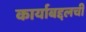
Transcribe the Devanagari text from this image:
कार्याबद्दलची